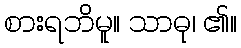
စားရဘိမူ။ သာဓု၊ ၏။